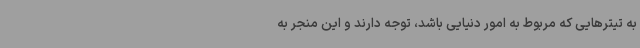
به تیترهایی که مربوط به امور دنیایی باشد، توجه دارند و این منجر به